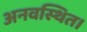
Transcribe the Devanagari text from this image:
अनवस्थित।